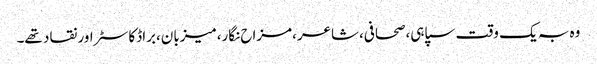
وہ بہ یک وقت سپاہی،صحافی،شاعر،مزاح نگار،میزبان،براڈکاسٹر اور نقاد تھے۔